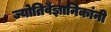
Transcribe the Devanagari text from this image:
ज्योतिर्वैज्ञानिकांनी